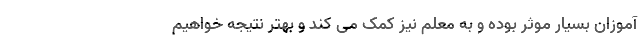
‌آموزان بسیار موثر بوده و به معلم نیز کمک می کند و بهتر نتیجه خواهیم